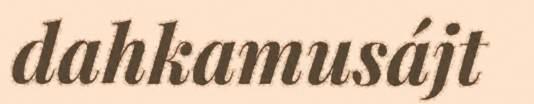
dahkamusájt